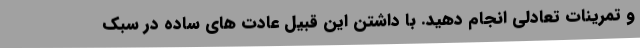
و تمرینات تعادلی انجام دهید. با داشتن این قبیل عادت های ساده در سبک